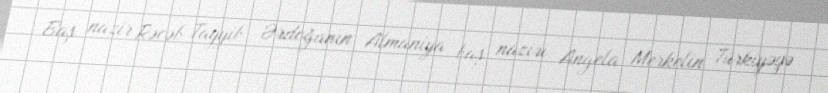
Baş nazir Rəcəb Tayyib Ərdoğanın Almaniya baş naziri Angela Merkelin Türkiyəyə